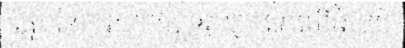
ផ្នែកនៃការយកចិត្តទុកដាក់ទៅលើវិស័យ